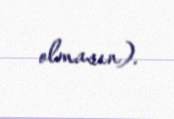
olmasın).